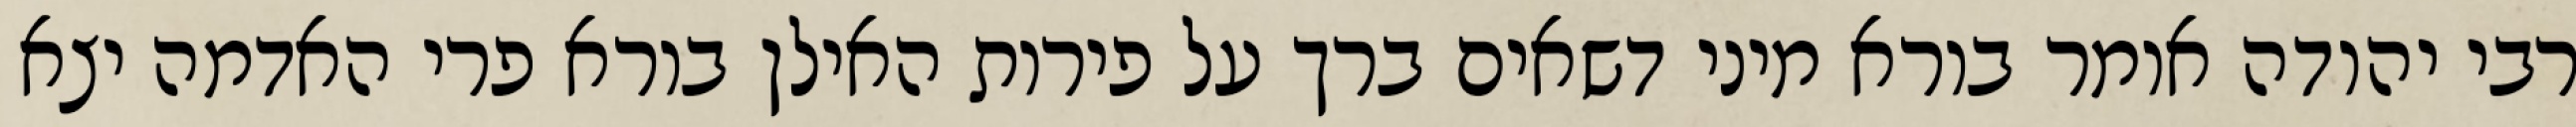
רבי יהודה אומר בורא מיני דשאים ברך על פירות האילן בורא פרי האדמה יצא